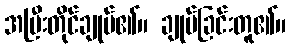
အပြီးတိုင်ချုပ်၏။ ချုပ်ခြင်းတူ၏။